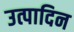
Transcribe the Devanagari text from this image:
उत्पादिन